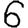
Digit: 6